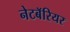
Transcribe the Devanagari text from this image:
नेटबॅरियर